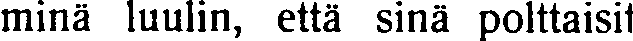
minä luulin, että sinä polttaisit